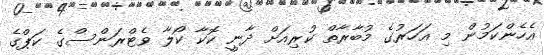
އެހެންކަމުން މި އަހަރުގެ މުބާރާތް ކުރިއަށް ދާނީ ކޮކާ ކޯލާ ވެޓްރަންސްގެ ކަޕްގެ